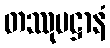
တဿုပဋ္ဌာနံ